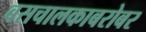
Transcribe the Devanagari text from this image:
बसचालकाबरोबर